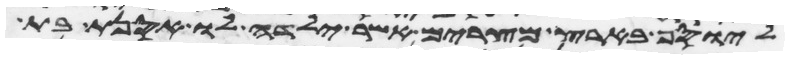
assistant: ליוסף בארץ מצרים אשר ילדה לו אסנת בת